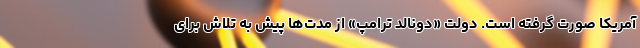
آمریکا صورت گرفته است. دولت «دونالد ترامپ» از مدت‌ها پیش به تلاش برای